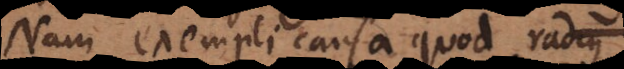
Nam exempli causa quod radiu